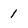
Character: 1